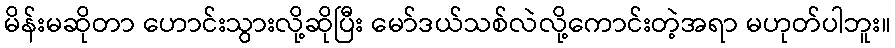
မိန်းမဆိုတာ ဟောင်းသွားလို့ဆိုပြီး မော်ဒယ်သစ်လဲလို့ကောင်းတဲ့အရာ မဟုတ်ပါဘူး။